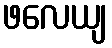
ဖလေယျ